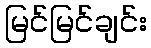
မြင်မြင်ချင်း